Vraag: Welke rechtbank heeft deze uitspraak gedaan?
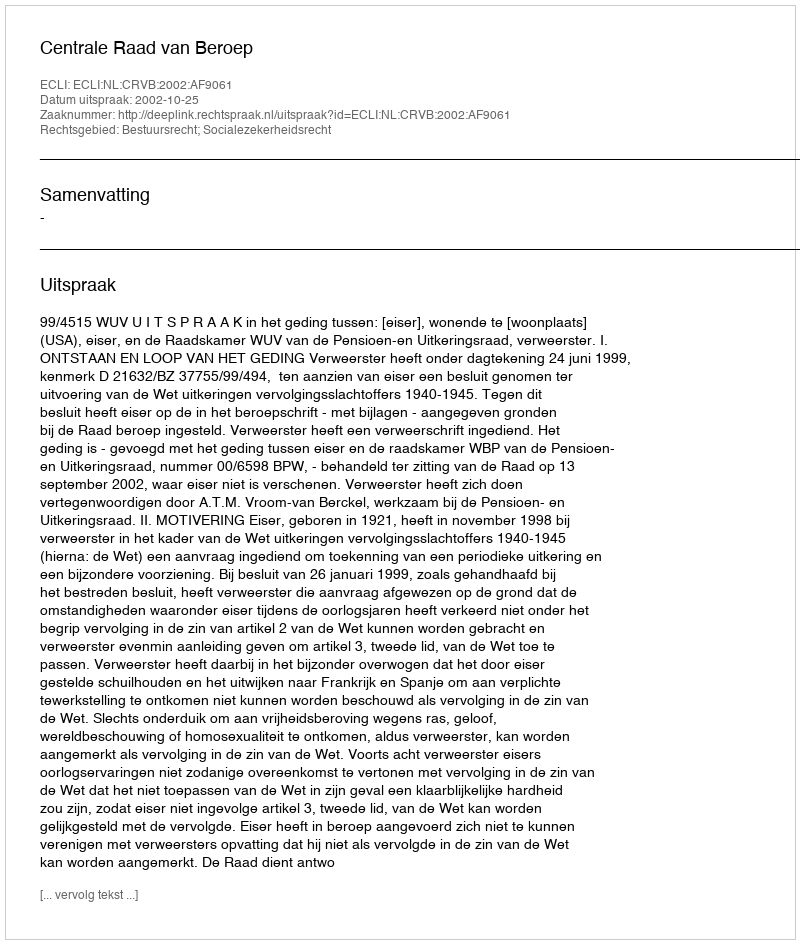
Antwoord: Centrale Raad van Beroep